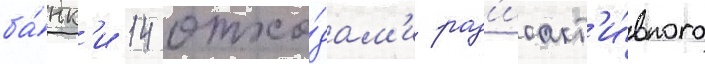
ба́нк'и 14 отхо́дам'и рад'иоакт'и́вного